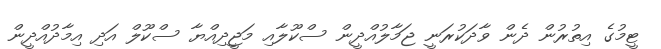
ޓީމުގެ އިތުރުން ދެން ވާދަކުރަނީ ޖަމާލުއްދީން ސްކޫލާއި މަޖީދިއްޔާ ސްކޫލް އަދި އިމާދުއްދީން